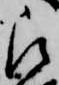
被